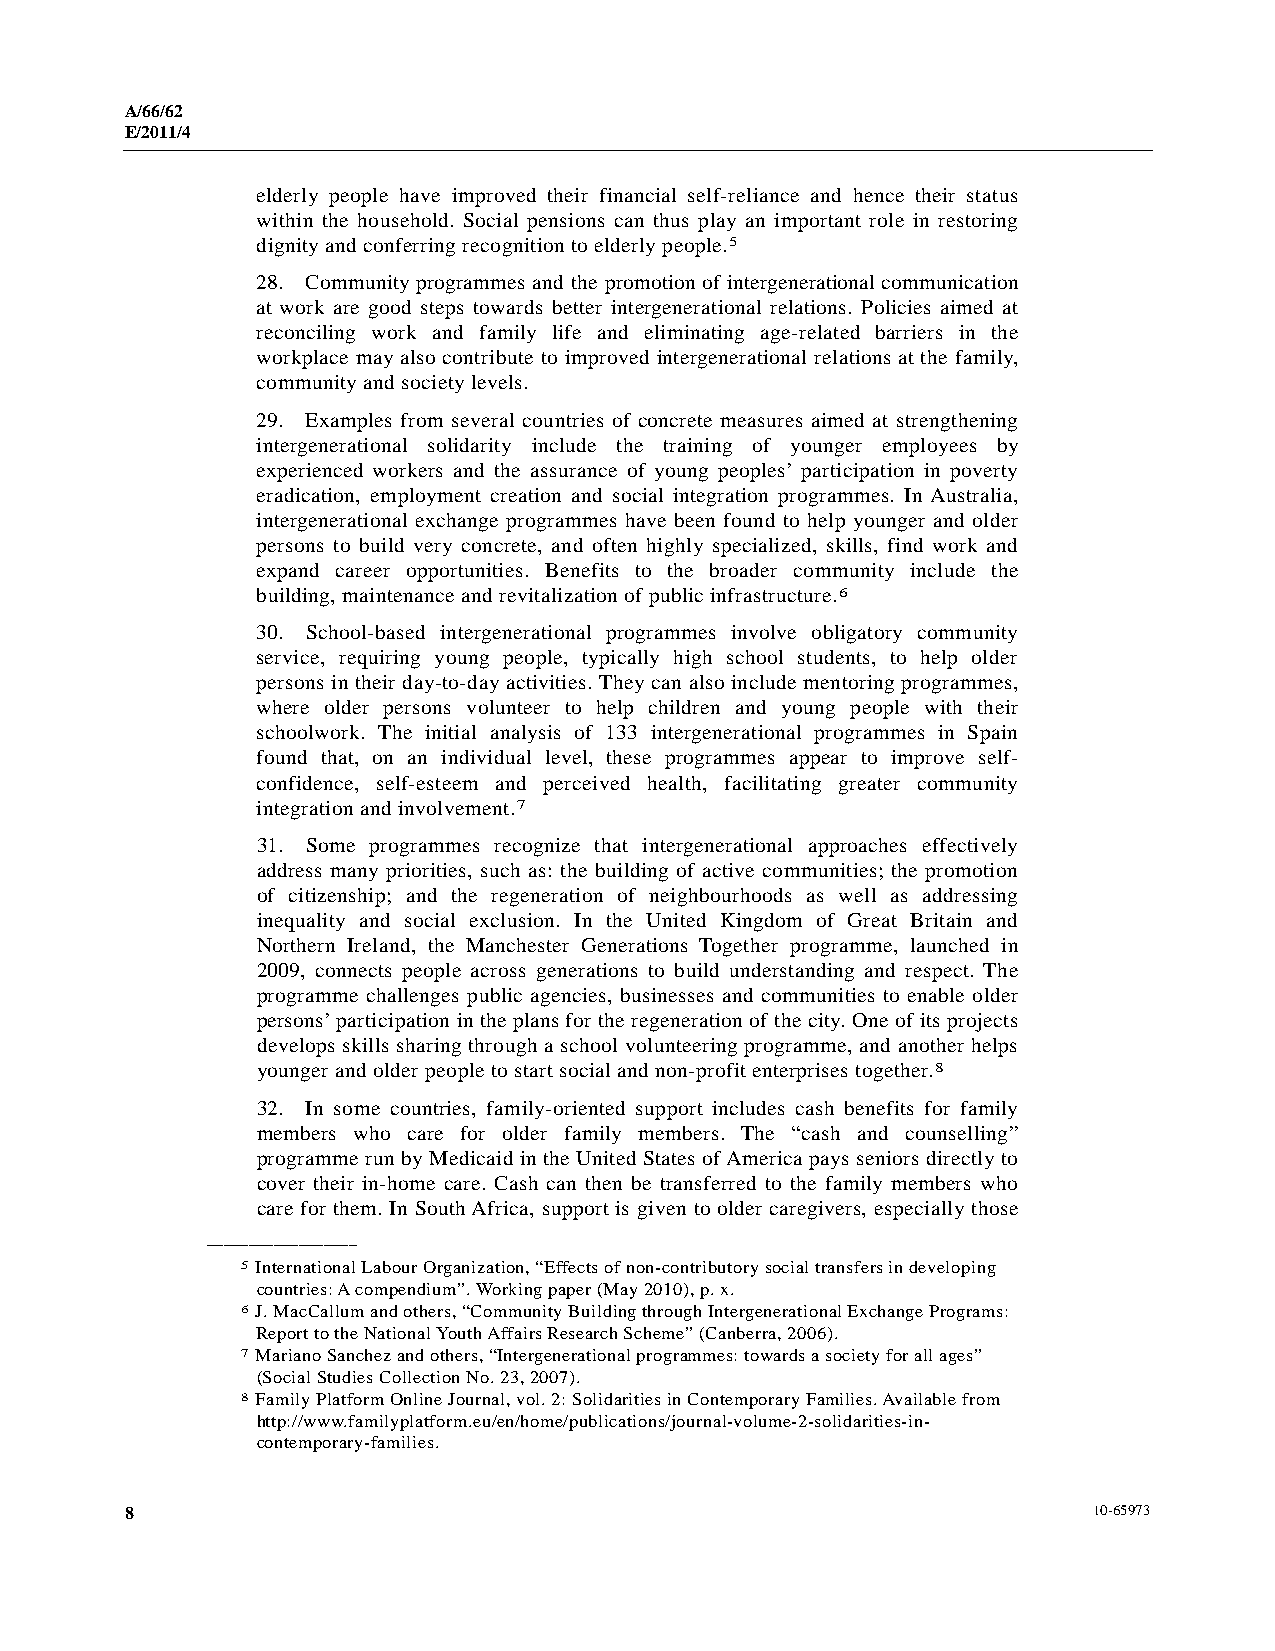
A/66/62
 E/2011/4
 elderly people have improved their financial self-reliance and hence their status
 within the household. Social pensions can thus play an important role in restoring
 dignity and conferring recognition to elderly people.5
 28. Community programmes and the promotion of intergenerational communication
 at work are good steps towards better intergenerational relations. Policies aimed at
 reconciling work and family life and eliminating age-related barriers in the
 workplace may also contribute to improved intergenerational relations at the family,
 community and society levels.
 29. Examples from several countries of concrete measures aimed at strengthening
 intergenerational solidarity include the training of younger employees by
 experienced workers and the assurance of young peoples’ participation in poverty
 eradication, employment creation and social integration programmes. In Australia,
 intergenerational exchange programmes have been found to help younger and older
 persons to build very concrete, and often highly specialized, skills, find work and
 expand career opportunities. Benefits to the broader community include the
 building, maintenance and revitalization of public infrastructure.6
 30. School-based intergenerational programmes involve obligatory community
 service, requiring young people, typically high school students, to help older
 persons in their day-to-day activities. They can also include mentoring programmes,
 where older persons volunteer to help children and young people with their
 schoolwork. The initial analysis of 133 intergenerational programmes in Spain
 found that, on an individual level, these programmes appear to improve self-
 confidence, self-esteem and perceived health, facilitating greater community
 integration and involvement.7
 31. Some programmes recognize that intergenerational approaches effectively
 address many priorities, such as: the building of active communities; the promotion
 of citizenship; and the regeneration of neighbourhoods as well as addressing
 inequality and social exclusion. In the United Kingdom of Great Britain and
 Northern Ireland, the Manchester Generations Together programme, launched in
 2009, connects people across generations to build understanding and respect. The
 programme challenges public agencies, businesses and communities to enable older
 persons’ participation in the plans for the regeneration of the city. One of its projects
 develops skills sharing through a school volunteering programme, and another helps
 younger and older people to start social and non-profit enterprises together.8
 32. In some countries, family-oriented support includes cash benefits for family
 members who care for older family members. The “cash and counselling”
 programme run by Medicaid in the United States of America pays seniors directly to
 cover their in-home care. Cash can then be transferred to the family members who
 care for them. In South Africa, support is given to older caregivers, especially those
 __________________
 5 International Labour Organization, “Effects of non-contributory social transfers in developing
 countries: A compendium”. Working paper (May 2010), p. x.
 6 J. MacCallum and others, “Community Building through Intergenerational Exchange Programs:
 Report to the National Youth Affairs Research Scheme” (Canberra, 2006).
 7 Mariano Sanchez and others, “Intergenerational programmes: towards a society for all ages”
 (Social Studies Collection No. 23, 2007).
 8 Family Platform Online Journal, vol. 2: Solidarities in Contemporary Families. Available from
 http://www.familyplatform.eu/en/home/publications/journal-volume-2-solidarities-in-
 contemporary-families.
 8                                                               10-65973